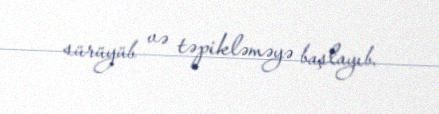
sürüyüb və təpikləməyə başlayıb.